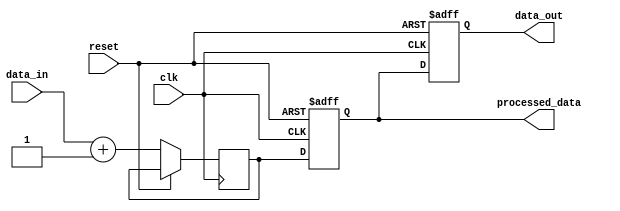
module non_blocking_example (
    input wire clk,
    input wire reset,
    input wire [3:0] data_in,
    output reg [3:0] data_out,
    output reg [3:0] processed_data
);

// Declare internal signals
reg [3:0] temp_data;

// Task to process input data
task process_data;
    begin
        // Simulate some processing (e.g., incrementing the input data)
        temp_data <= data_in + 1;
        // Assign processed data using non-blocking assignment
        processed_data <= temp_data;
    end
endtask

// Continuous assignment example
always @(posedge clk or posedge reset) begin
    if (reset) begin
        // Reset outputs
        data_out <= 4'b0000;
        processed_data <= 4'b0000;
    end else begin
        // Call the task to process data
        process_data();
        // Non-blocking assignment to output
        data_out <= processed_data;
    end
end

endmodule